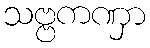
သဗ္ဗကဏှာ